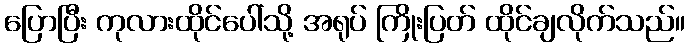
ပြောပြီး ကုလားထိုင်ပေါ်သို့ အရုပ် ကြိုးပြတ် ထိုင်ချလိုက်သည်။